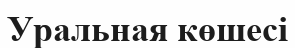
Уральная көшесі